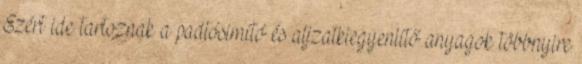
Ezért ide tartoznak a padlósimító és aljzatkiegyenlítő anyagok többnyire